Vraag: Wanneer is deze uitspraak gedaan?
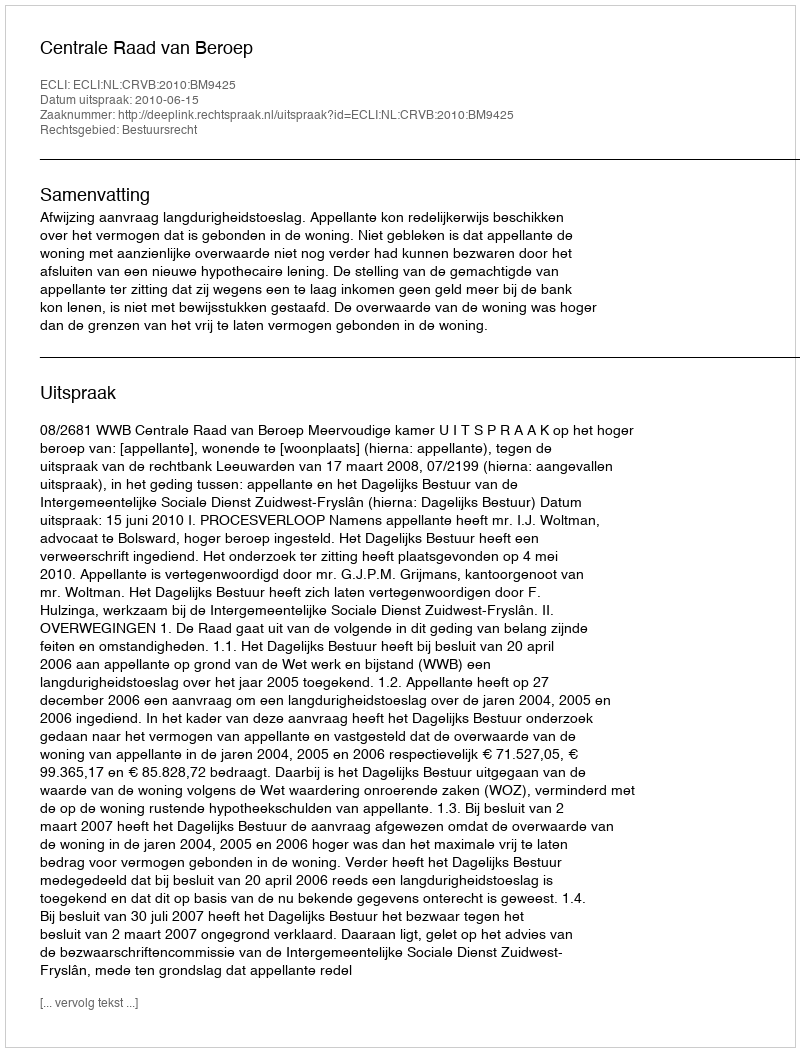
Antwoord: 2010-06-15